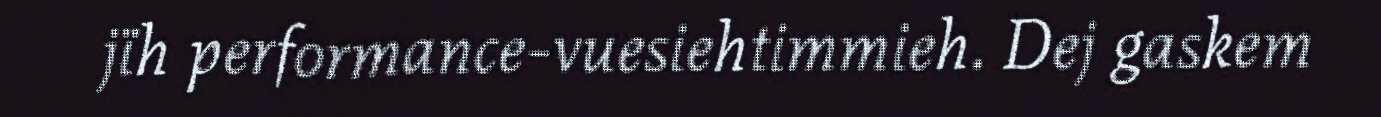
jïh performance-vuesiehtimmieh. Dej gaskem